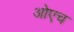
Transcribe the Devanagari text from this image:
ओएच